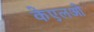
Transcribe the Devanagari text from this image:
केएलओ